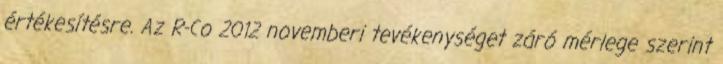
értékesítésre. Az R-Co 2012 novemberi tevékenységet záró mérlege szerint